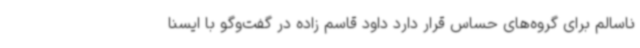
ناسالم برای گروه‌های حساس قرار دارد داود قاسم زاده در گفت‌وگو با ایسنا